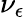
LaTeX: \nu_{\epsilon}